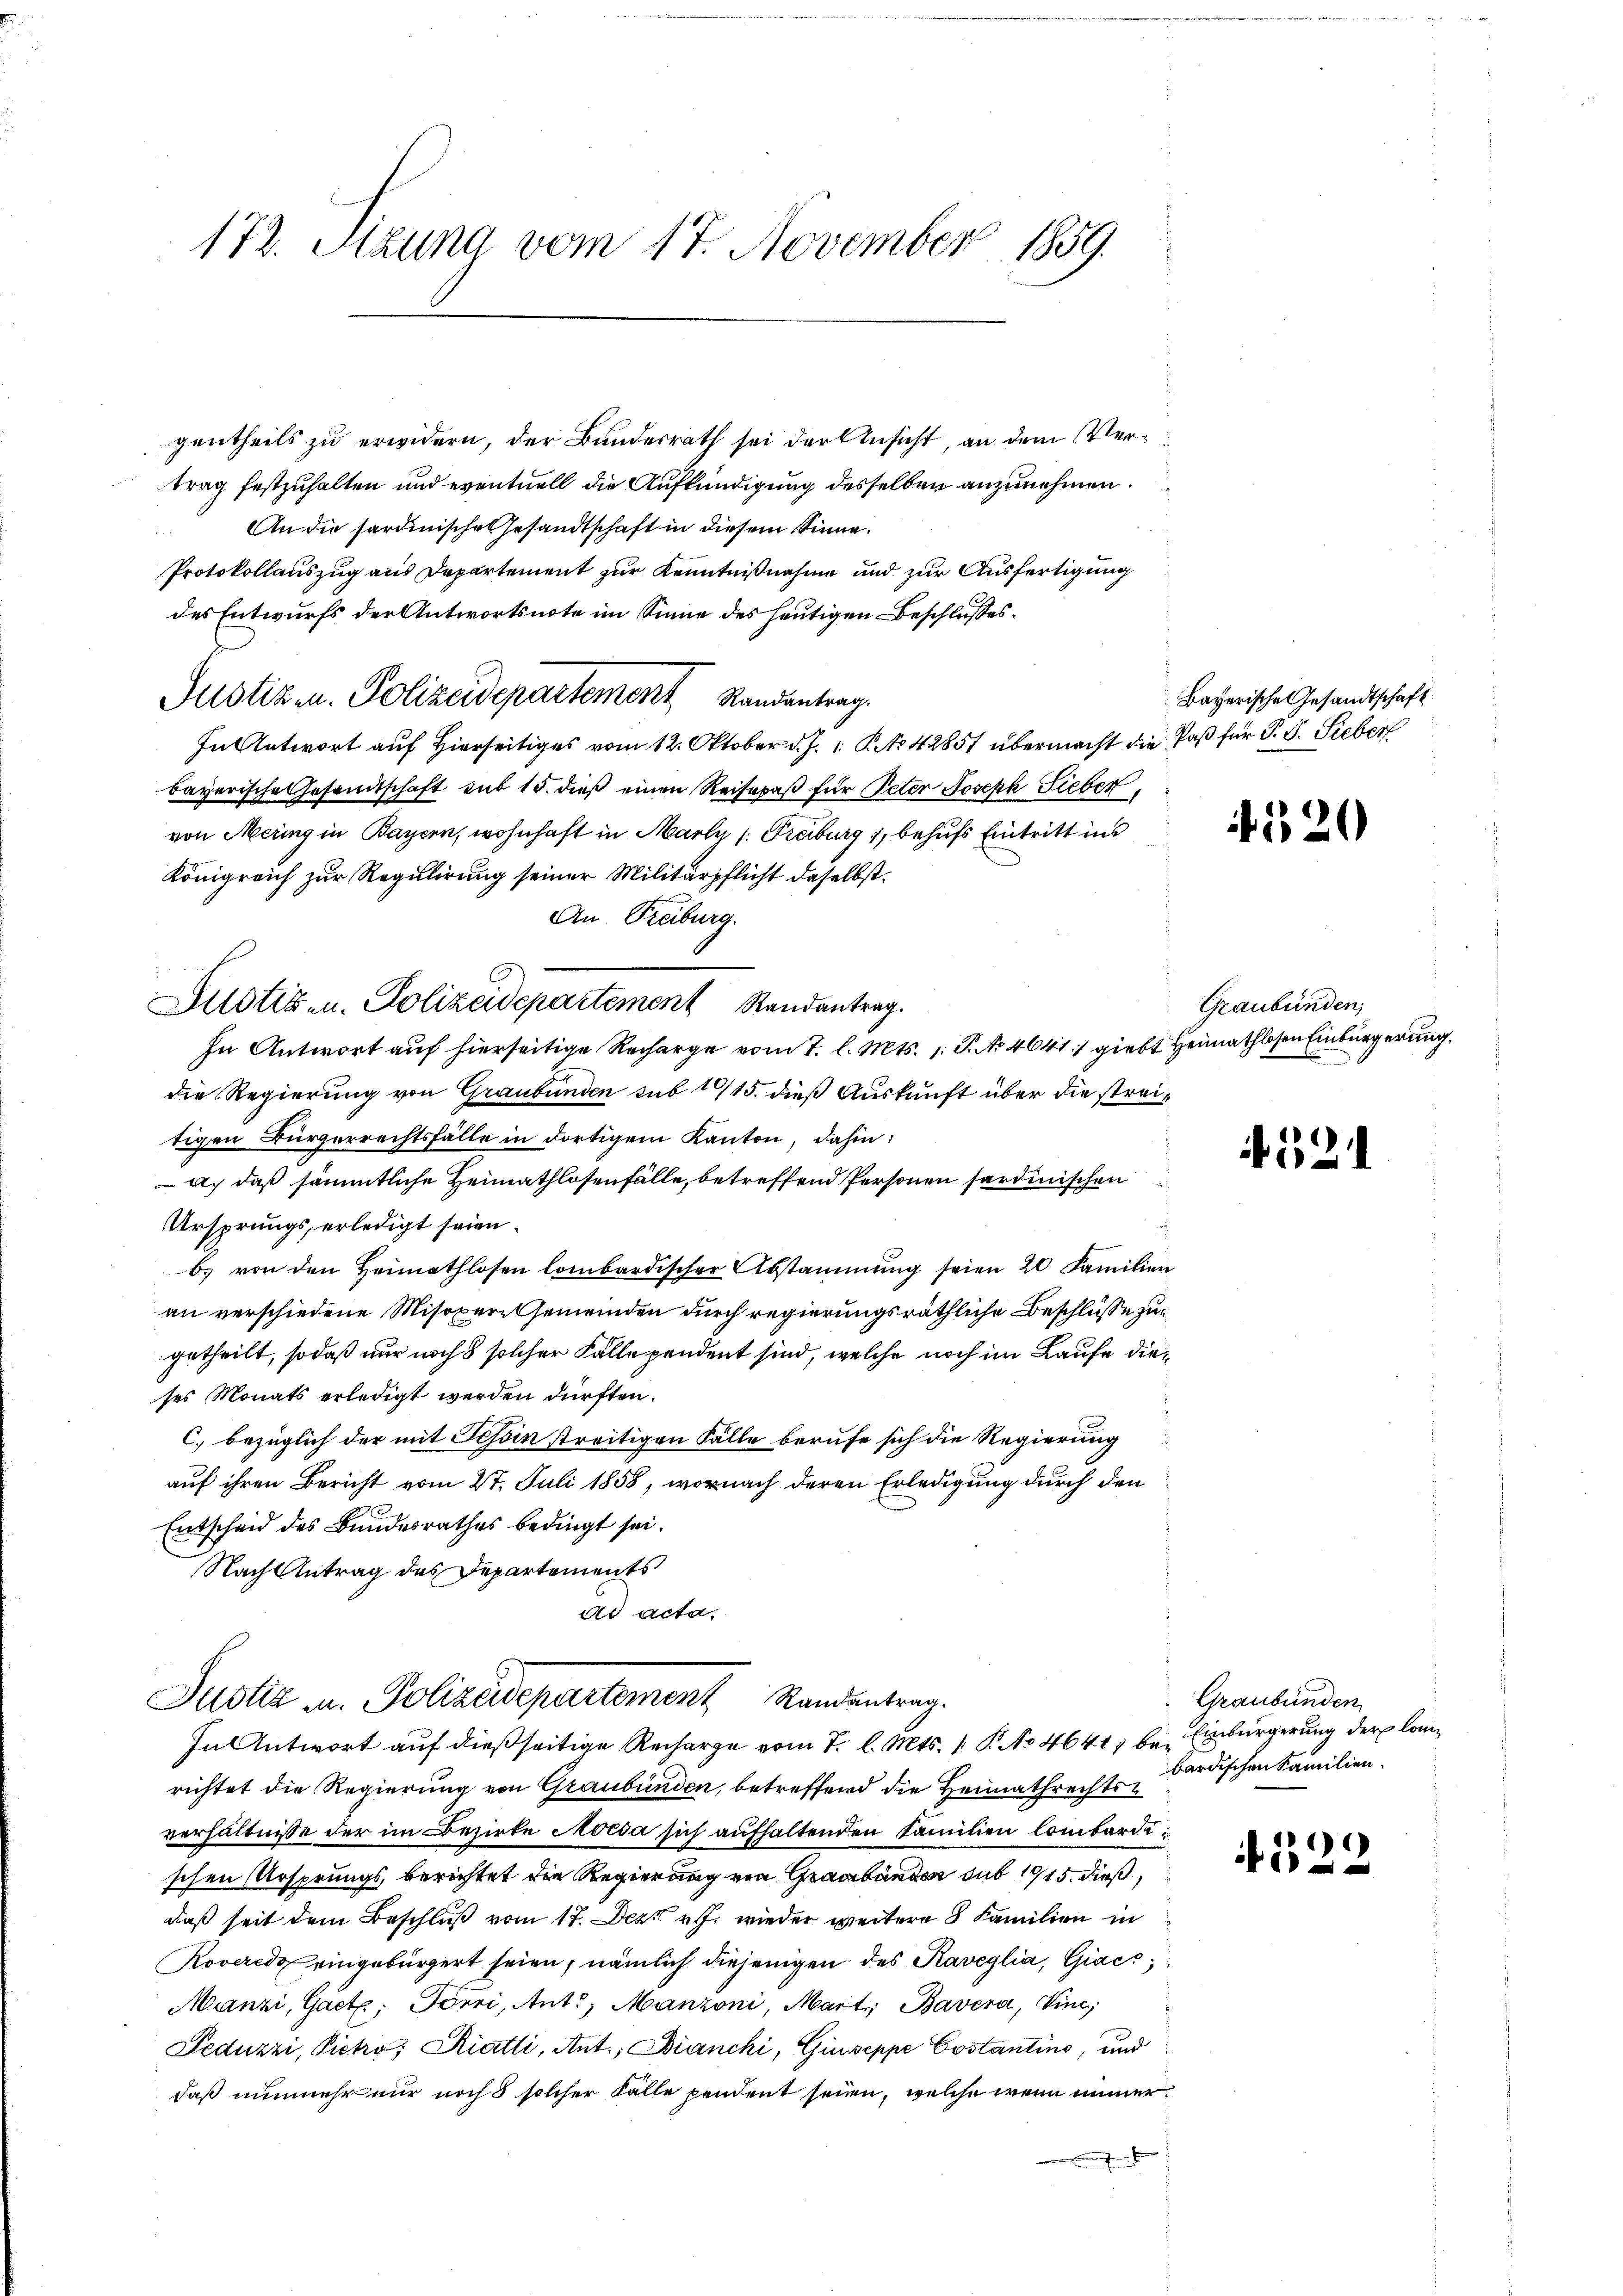
172. Sitzung vom 17. November 1859.

gentheils zu erwidern, der Bundesrath sei der Ansicht, an dem Vertrag festzuhalten und eventuell die Aufkündigung desselben anzunehmen.
An die sardinisches Gesandtschaft in diesem Sinne.
Protokollauszug aus Departement zur Kenntnißnahme und zur Ausfertigung
des Entwurfs der Antwortsnote im Sinne des heutigen Beschlusses.
In Antwort auf Hierseitiges vom 12. Oktober d. J. 1. P. No. 42857 übermacht die Paß für P. J. Sieber
bayerische Gesandtschaft mit 15. dieß einen Reisepaß für Peter Joseph Sieber
von Mering in Bayern, wohnhaft in Marty /: Freiburg 1, behufs Eintritt ins
Königreich zur Regulirung seiner Militärpflicht daselbst.
An Freiburg.
In Antwort auf hierseitige Recharge vom 1. l. Mts. 1: P. No 4641) giebt Heimathlosen Einbürgerung.
die Regierung von Graubünden sub 115. dieß Auskunft über die streitigen Bürgerrechtsfälle in dortigem Kanton, dahin:
a. daß sämmtliche Heimathlosenfälle, betreffend Personen sardinischen
Ursprungs erledigt seien.
b. von den Heimathlosen lombardischer Abstammung seien 20 Familien
an verschiedene Misoxere Gemeinden durch regierungsräthliche Beschlüsse zugetheilt, so daß nur noch 8 solcher Falle pendent sind, welche noch im Laufe dieses Monats erledigt werden dürften.
c. bezüglich der mit Tessin streitigen Fälle berufe sich die Regierung
auf ihren Bericht vom 27. Juli 1858, wornach deren Erledigung durch den
Entscheid des Bundesrathes bedingt sei.
Nach Antrag des Departements
ad acta.
Justiz u. Polizeidepartement Randentrag.
In Antwort auf dießseitige Recharge vom 7. l. Mts. 1. P. No 4641) be- Einbürgerung der lanrichtet die Regierung von Graubünden, betreffend die Heimathrechtsverhältnisse der im Bezirke Norda sich aufhaltenden Familien lombardischen Ursprungs, berichtet die Regierung von Graubünden sub 1915. dieß,
daß seit dem Beschluß vom 17. Dezbr. wieder weitere 8 Familien in
Roveredo eingebürgert seien, nämlich diejenigen des Raveglia, Giacs,
Manzi, Gact: Förri, Ant. Manzoni, Mart; Bavera, Vinc
Feduzzi, Pietro; Riatti, Ant. Bianchi, Giuseppe Costantino, und
daß nunmehr nur noch 8 solcher Falle pendent sein, welche wenn immer

Justiz- u. Polizeidepartement Randantrag.

Justizen. Polizeidepartement Randantrag.

Bayerische Gesandtschaft

520

Graubünden,

12

322

Graubünden
bardischen Familien.